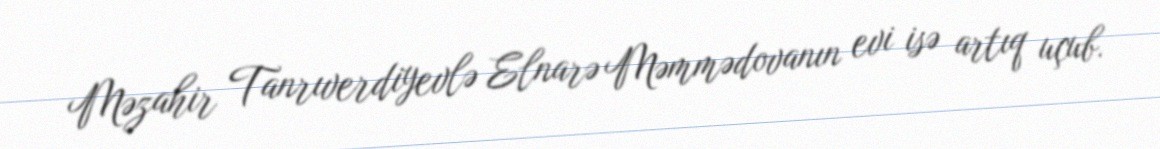
Məzahir Tanrıverdiyevlə Elnarə Məmmədovanın evi isə artıq uçub.